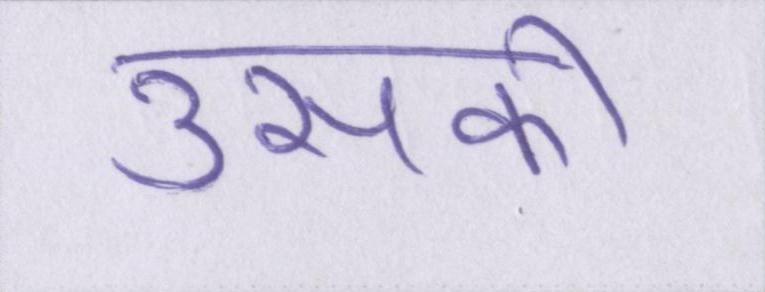
उसकी